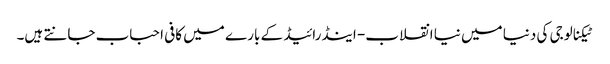
ٹیکنالوجی کی دنیا میں نیا انقلاب- اینڈرائیڈ کے بار ے میں کافی احباب جانتے ہیں۔